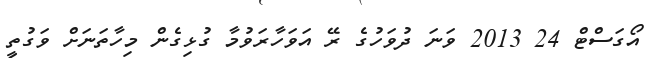
އޯގަސްޓް 24 2013 ވަނަ ދުވަހުގެ ރޭ އަވަހާރަވުމާ ގުޅިގެން މިހާތަނަށް ވަގުތީ